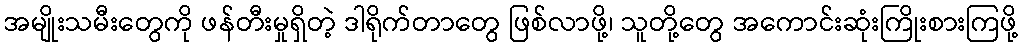
အမျိုးသမီးတွေကို ဖန်တီးမှုရှိတဲ့ ဒါရိုက်တာတွေ ဖြစ်လာဖို့၊ သူတို့တွေ အကောင်းဆုံးကြိုးစားကြဖို့